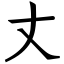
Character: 丈